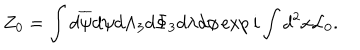
LaTeX: Z _ { 0 } = \int d \overline { { { \psi } } } d \psi d { \Lambda } _ { 3 } d \Phi _ { 3 } d \lambda d \phi \exp i \int d ^ { 2 } x { \cal L } _ { 0 } .